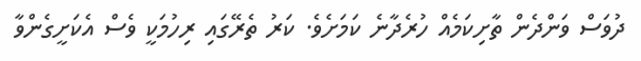
ދުވަސް ވަންދެން ތާށިކަމެއް ހުރެދާނެ ކަމަށެވެ. ކަރު ތެރޭގައި ރިހުމަކީ ވެސް އެކަށީގެންވާ